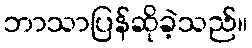
ဘာသာပြန်ဆိုခဲ့သည်။